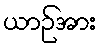
ယာဉ်အား